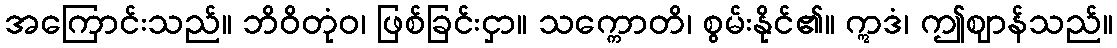
အကြောင်းသည်။ ဘိဝိတုံဝ၊ ဖြစ်ခြင်းငှာ။ သက္ကောတိ၊ စွမ်းနိုင်၏။ ဣဒံ၊ ဤဈာန်သည်။